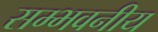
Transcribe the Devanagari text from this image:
सम्भवनीय